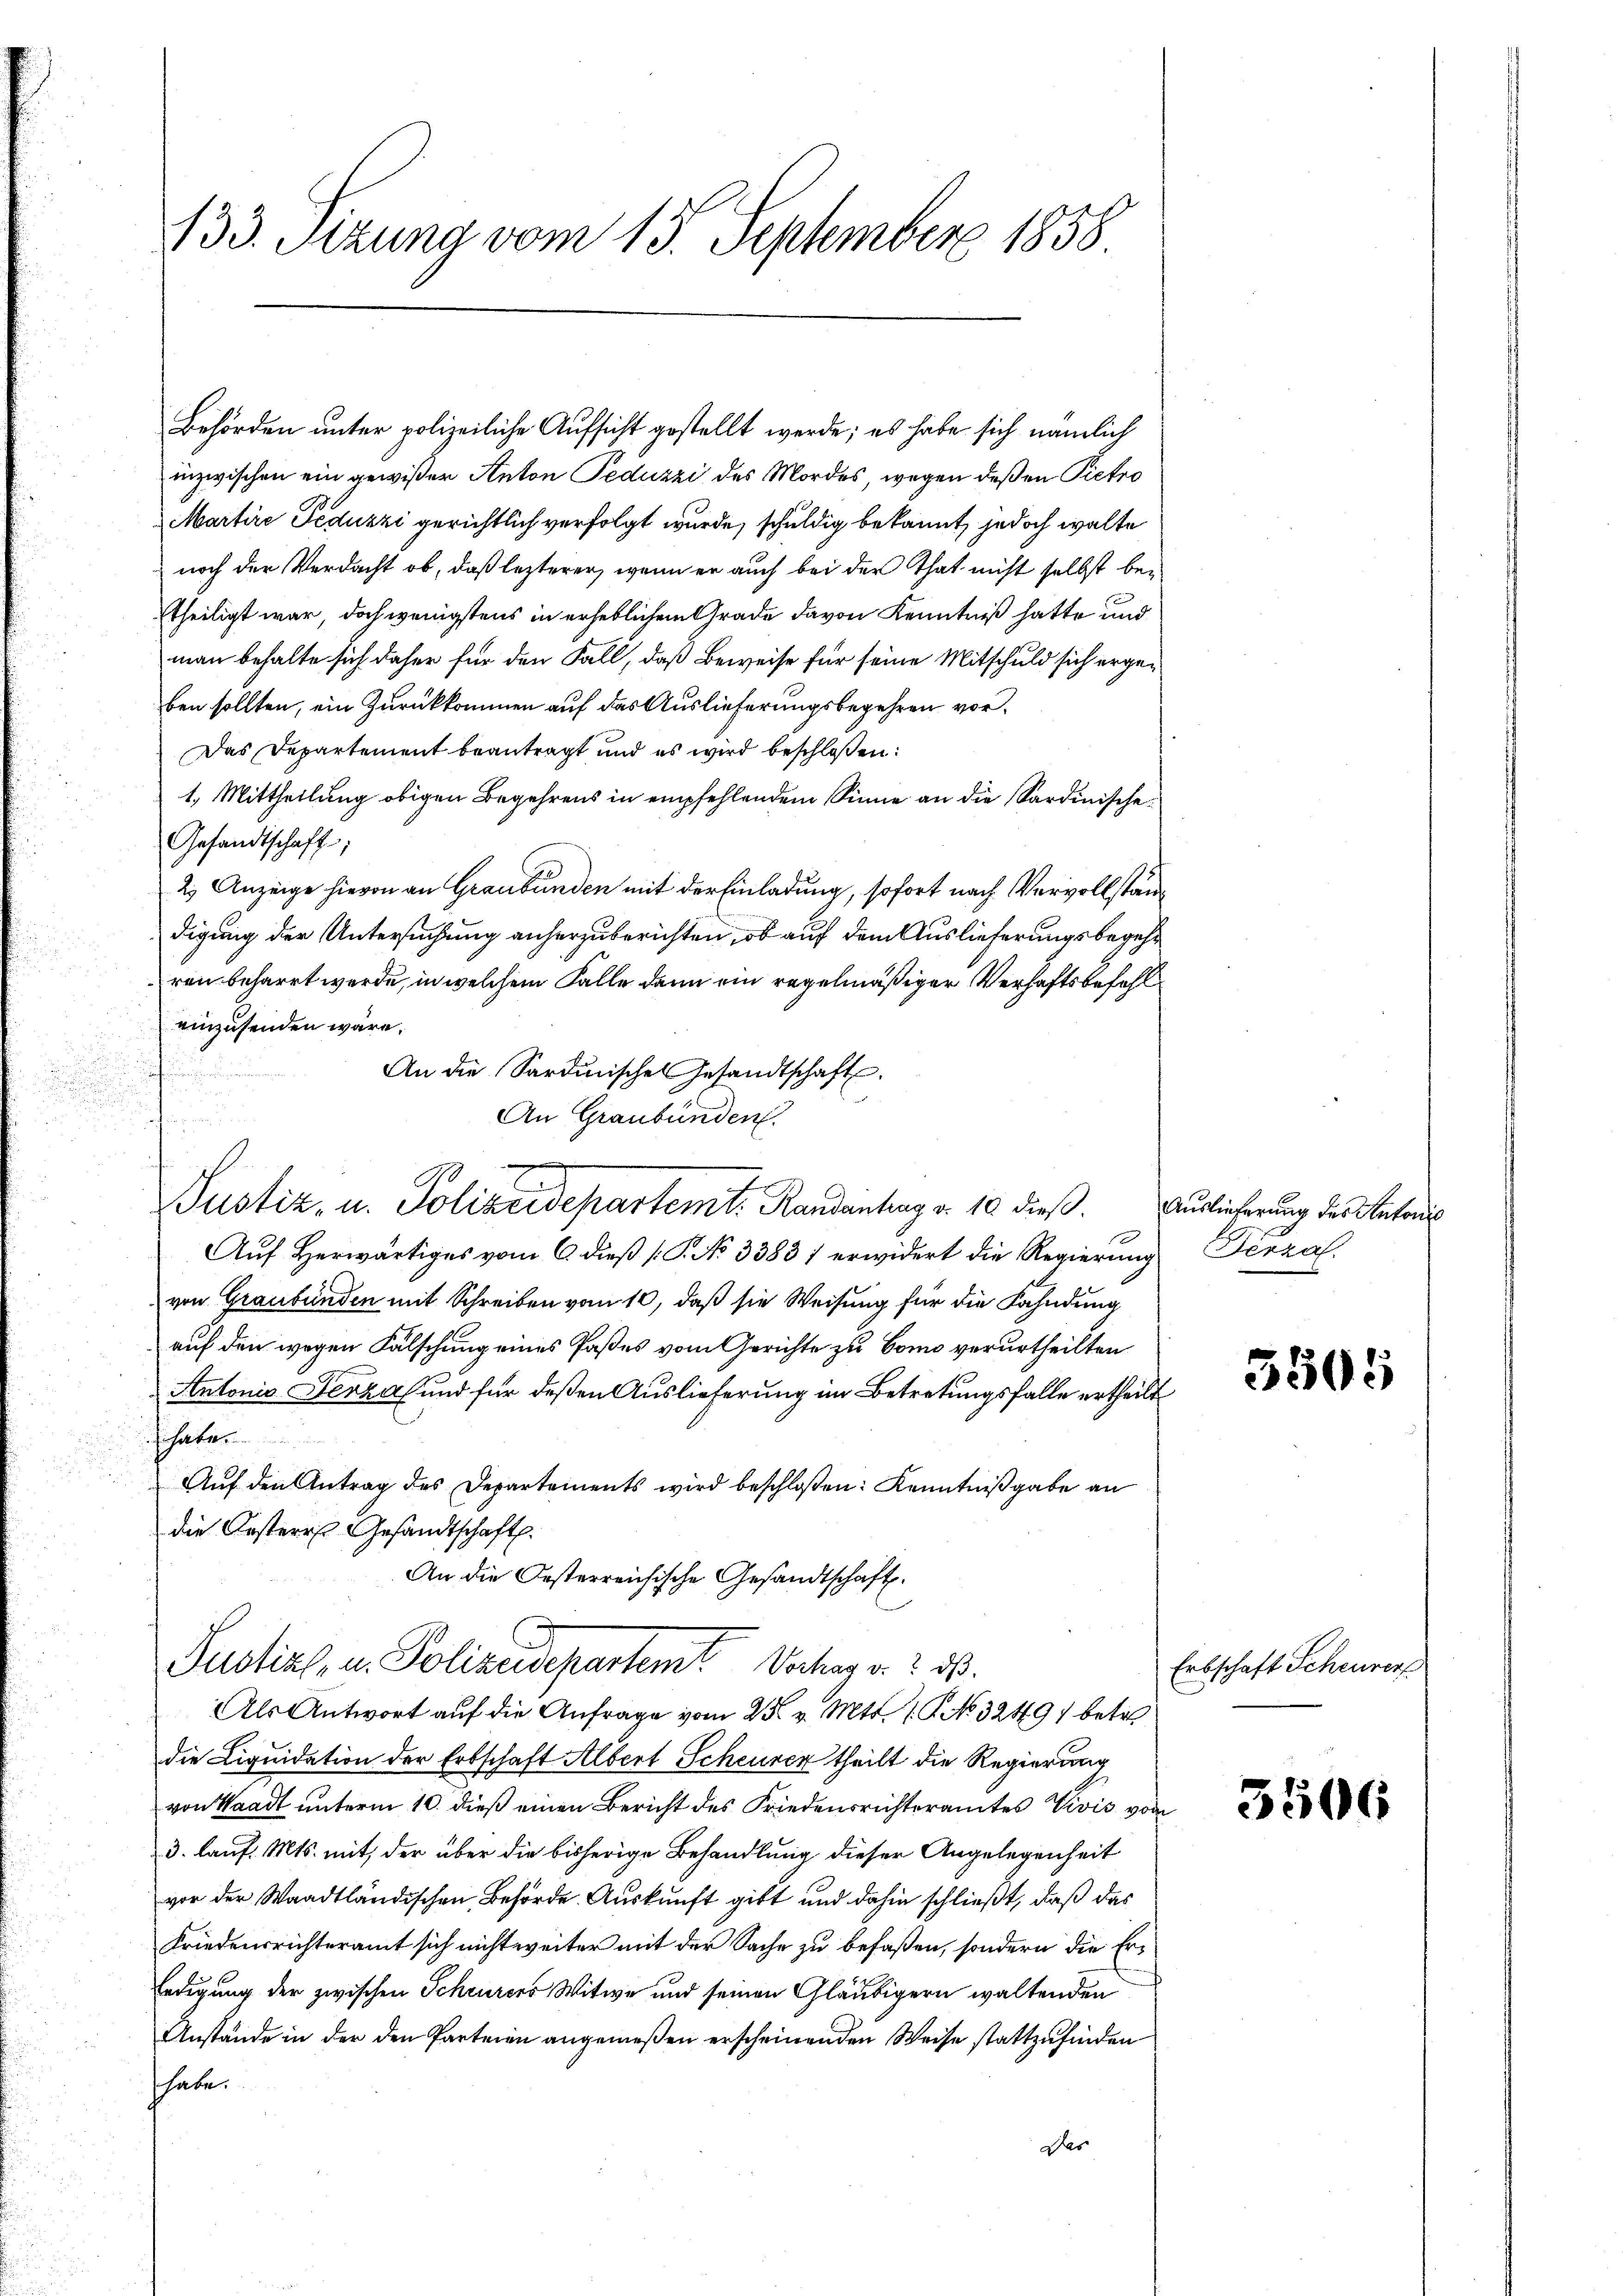
133. Sizung vom 13. September 1858

Behörden unter polizeiliche Aufsicht gestellt werde; es habe sich nämlich
inzwischen ein gewißer Anton Peduzzi des Mordes, wegen deßen Pietro
Martire Peduzzi gerichtlich verfolgt wurde, schuldig bekannt, jedoch walte
noch der Verdacht ob, daß lezterer, wenn er auch bei der That nicht selbst betheiligt war, doch wenigstens in erheblichen Grade davon Kenntniß hatte und
man behalte sich daher für den Fall, daß Beweise für seine Mitschuld sich ergeben sollten, ein Zurückkommen auf das Auslieferungsbegehren vor¬
Das Departement beantragt und es wird beschloßen:
1. Mittheilung obigen Begehrens in empfehlendem Sinne an die Sardinische
Gesandtschaft;
2. Anzeige hievon an Graubünden mit der Einladung, sofort nach Vervollständigung der Untersuchung anherzuberichten, ob auf dem Auslieferungsbegehren beharrt werde, in welchem Falle dann ein regelmäßiger Verhaftsbefehleinzusenden wäre.
An die Sardinisches Gesandtschaft.
An Graubünden.
x
.
Justiz- u. Polizeisepartemt. Randantrag d. 10 dieß. Auslieferung des Antons
Auf Herwärtiges vom 6. dieß [P. No 33831 erwidert die Regierung Verzal
von Graubünden mit Schreiben vom 10, daß sie Weisung für die Fahndung
auf den wegen Fälschung eines Paßes vom Gerichte zu Bomo verurtheilten
Antonis Fenza und für deßen Auslieferung im Betretungsfalle ertheilt
 habe
Aŭf den Antrag des Departements wird beschloßen: Kenntnißgabe an
die Oesteres Gesandtschaft.
An die Oesterreichische Gesandtschaft.

die Liquidation der Erbschaft Albert Scheurer theilt die Regierung
von Waadt unterm 10. dieß einen Bericht des Friedensrichteramtes Vivis von
3. lauf. Mts. mit, der über die bisherige Behandlung dieser Angelegenheit
vor der Waadtländischen Behörde. Auskunft gibt und dahin schließt, daß das
Friedensrichteramt sich nicht weiter mit der Sache zu befaßen, sondern die Er¬
Erdigung der zwischen Scheurers Witwe und seinen Gläubigern waltenden
Anstände in der den Parteien angemeßen erscheinenden Weise stattzufinden
habe.
Des

Justiz- u. Polizeidepartemt Verhag v. 2. ds.
Als Antwort auf die Anfrage vom 25. v. Mts. 1. No 3249) betr.

3504

Erbschaft Scheurers

3506